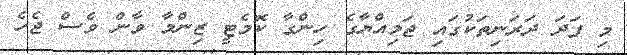
މި ފަދަ ދަރަނިތަކުގައި ޖަމިއްޔާގެ ހިންގާ ކޮމެޓީ ޒިންމާ ވާން ވެސް ޖެހެ